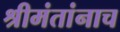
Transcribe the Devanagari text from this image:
श्रीमंतांनाच